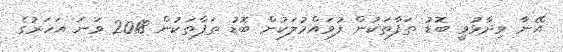
އޭނާ ވިދާޅުވީ ބޮޑު ތަފާތަކުން ފުވައްމުލަކުން ބޮޑު ތަފާތަކުން 2018 ވަނަ އަހަރުގެ